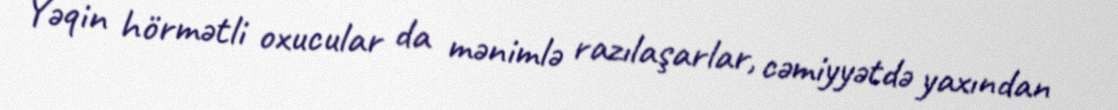
Yəqin hörmətli oxucular da mənimlə razılaşarlar, cəmiyyətdə yaxından